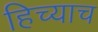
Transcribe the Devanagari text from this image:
हिच्याच